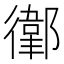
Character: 𢖁